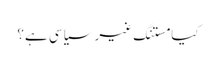
کیا مستنگ غیر سیاسی ہے؟